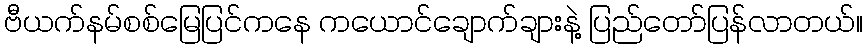
ဗီယက်နမ်စစ်မြေပြင်ကနေ ကယောင်ချောက်ချားနဲ့ ပြည်တော်ပြန်လာတယ်။